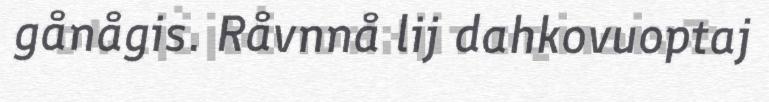
gånågis. Råvnnå lij dahkovuoptaj